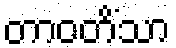
တာဝတိံသာ